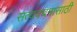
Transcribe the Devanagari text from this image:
सत्यवचनासाठी